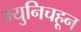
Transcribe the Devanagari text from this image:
म्युनिचहून